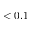
< 0 . 1